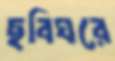
ছবিঘরে